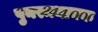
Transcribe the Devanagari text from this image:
पुनरूत्थानक